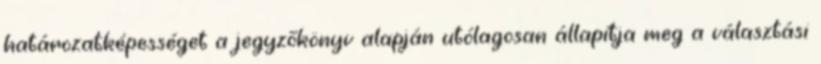
határozatképességet a jegyzőkönyv alapján utólagosan állapítja meg a választási